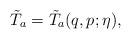
LaTeX: \begin{align*}\tilde T_a=\tilde T_a(q,p;\eta),\end{align*}